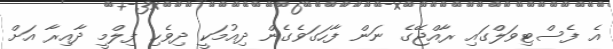
އެ ފެސްޓިވަލްގައި ރާއްޖޭގެ ނަން ފާހަގަވެގެން ދިއުމަކީ ދިވެހި ފިލްމީ ދާއިރާ އަށް